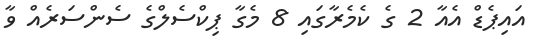
އައިޕެޑް އެއާ 2 ގެ ކެމެރާގައި 8 މެގާ ޕިކްސެލްގެ ސެންސަރެއް ވާ